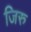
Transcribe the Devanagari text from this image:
जिरु